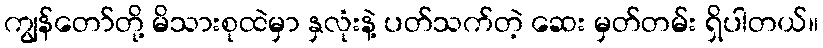
ကျွန်တော်တို့ မိသားစုထဲမှာ နှလုံးနဲ့ ပတ်သက်တဲ့ ဆေး မှတ်တမ်း ရှိပါတယ်။